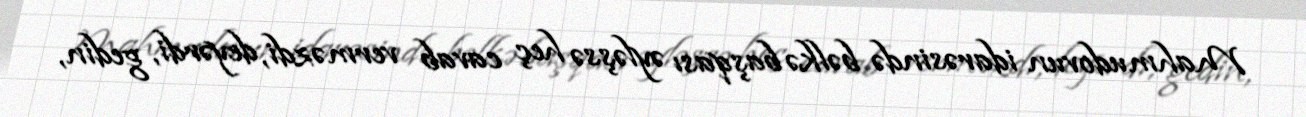
Mahmudovun idarəsində bəlkə başqası əyləşsə heç cavab verməzdi, deyərdi, gedin,